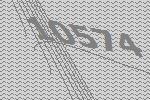
10574